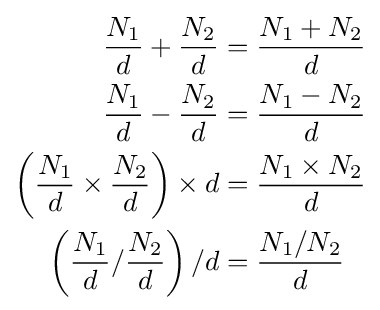
{\begin{aligned}{\frac {N_{1}}{d}}+{\frac {N_{2}}{d}}&={\frac {N_{1}+N_{2}}{d}}\\{\frac {N_{1}}{d}}-{\frac {N_{2}}{d}}&={\frac {N_{1}-N_{2}}{d}}\\\left({\frac {N_{1}}{d}}\times {\frac {N_{2}}{d}}\right)\times d&={\frac {N_{1}\times N_{2}}{d}}\\\left({\frac {N_{1}}{d}}/{\frac {N_{2}}{d}}\right)/d&={\frac {N_{1}/N_{2}}{d}}\end{aligned}}